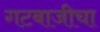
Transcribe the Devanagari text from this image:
गटबाजीचा